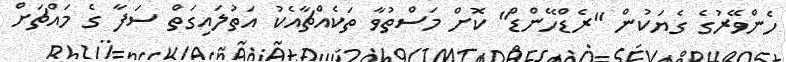
ހެންވޭރުގެ ގެޔަކުން "ރެޑްހޭންޑް" ކޮށް މަސްތުވާ ތަކެެއްޗާއެކު އަތުލައިގަތް ސަފާ ގެ މައްޗަށް